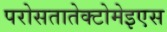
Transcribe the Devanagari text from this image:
परोसतातेक्टोमेइएस